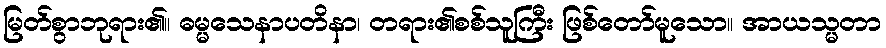
မြတ်စွာဘုရား၏။ ဓမ္မသေနာပတိနာ၊ တရား၏စစ်သူကြီး ဖြစ်တော်မူသော။ အာယသ္မတာ